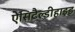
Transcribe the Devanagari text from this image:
ऐसिटैल्डीहाइड